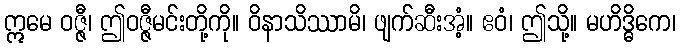
ဣမေ ဝဇ္ဇီ၊ ဤဝဇ္ဇီမင်းတို့ကို။ ဝိနာသိဿာမိ၊ ဖျက်ဆီးအံ့။ ဧဝံ၊ ဤသို့။ မဟိဒ္ဓိကေ၊